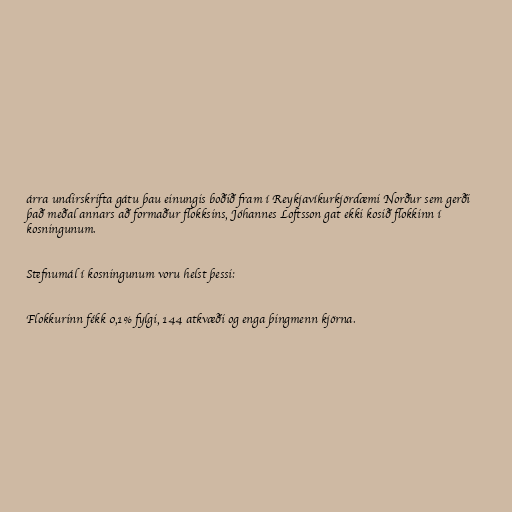
árra undirskrifta gátu þau einungis boðið fram í Reykjavíkurkjördæmi Norður sem gerði
það meðal annars að formaður flokksins, Jóhannes Loftsson gat ekki kosið flokkinn í
kosningunum.

Stefnumál í kosningunum voru helst þessi:

Flokkurinn fékk 0,1% fylgi, 144 atkvæði og enga þingmenn kjörna.